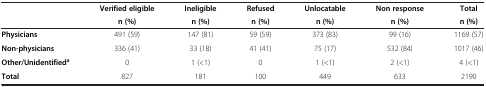
<table><thead><tr><td><b> </b></td><td><b>Verified eligible</b></td><td><b>Ineligible</b></td><td><b>Refused</b></td><td><b>Unlocatable</b></td><td><b>Non response</b></td><td><b>Total</b></td></tr><tr><td><b> </b></td><td><b>n (%)</b></td><td><b>n (%)</b></td><td><b>n (%)</b></td><td><b>n (%)</b></td><td><b>n (%)</b></td><td><b>n (%)</b></td></tr></thead><tbody><tr><td><b>Physicians</b></td><td>491 (59)</td><td>147 (81)</td><td>59 (59)</td><td>373 (83)</td><td>99 (16)</td><td>1169 (57)</td></tr><tr><td><b>Non-physicians</b></td><td>336 (41)</td><td>33 (18)</td><td>41 (41)</td><td>75 (17)</td><td>532 (84)</td><td>1017 (46)</td></tr><tr><td><b>Other/Unidentified</b><sup><b>a</b></sup></td><td>0</td><td>1 (&lt;1)</td><td>0</td><td>1 (&lt;1)</td><td>2 (&lt;1)</td><td>4 (&lt;1)</td></tr><tr><td><b>Total</b></td><td>827</td><td>181</td><td>100</td><td>449</td><td>633</td><td>2190</td></tr></tbody></table>